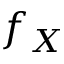
f _ { X }